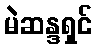
မဲဆန္ဒရှင်